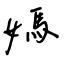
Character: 媽